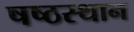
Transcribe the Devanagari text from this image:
षष्ठस्थान